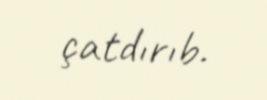
çatdırıb.